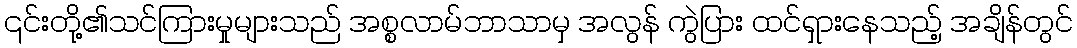
၎င်းတို့၏သင်ကြားမှုများသည် အစ္စလာမ်ဘာသာမှ အလွန် ကွဲပြား ထင်ရှားနေသည့် အချိန်တွင်